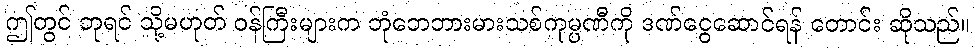
ဤတွင် ဘုရင် သို့မဟုတ် ဝန်ကြီးများက ဘုံဘေဘားမားသစ်ကုမ္ပဏီကို ဒဏ်ငွေဆောင်ရန် တောင်း ဆိုသည်။